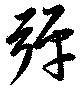
弾